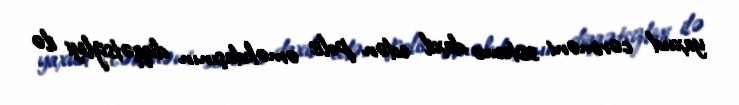
yaxud cəriməni sistemə daxil edən polis əməkdaşının diqqətsizliyi ilə